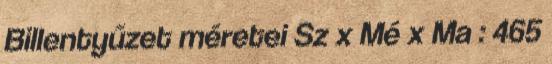
Billentyűzet méretei Sz x Mé x Ma : 465